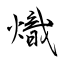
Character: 熾